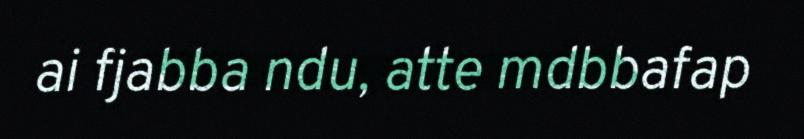
ai fjabba ndu, atte mdbbafap